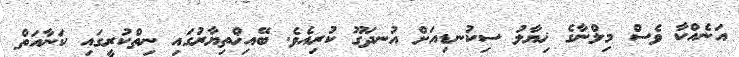
އަނެއްކާ ވެސް މިލްނާގެ ޚިޔާލު ސިކުނޑިއަށް އުނދަގޫ ކުރިއެވެ. ބޭއިޚްތިޔާރުގައި ނިތްކުރީގައި ކަނާއަތް